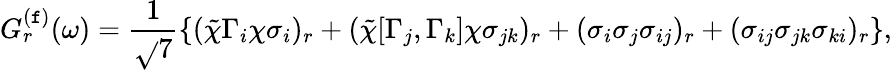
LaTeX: G_{r}^{(\mathtt{f})}(\omega)=\frac{{1}}{{\sqrt{}{{7}}}}\{ (\tilde{{\chi}}\Gamma_{i}\chi\sigma_{i})_{r}+(\tilde{{\chi}}[\Gamma_{j},\Gamma_{k}]\chi\sigma_{jk})_{r}+(\sigma_{i}\sigma_{j}\sigma_{ij})_{r}+(\sigma_{ij}\sigma_{jk}\sigma_{ki})_{r}\} ,